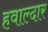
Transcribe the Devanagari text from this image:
हवाल्दार